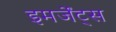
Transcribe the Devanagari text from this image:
इमर्जेंट्स